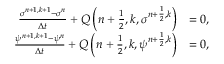
\begin{array} { r l } { \frac { \sigma ^ { n + 1 , k + 1 } - \sigma ^ { n } } { \Delta t } + Q \left( \u ^ { n + \frac { 1 } { 2 } , k } , \sigma ^ { n + \frac { 1 } { 2 } , k } \right) } & { = 0 , } \\ { \frac { \psi ^ { n + 1 , k + 1 } - \psi ^ { n } } { \Delta t } + Q \left( \u ^ { n + \frac { 1 } { 2 } , k } , \psi ^ { n + \frac { 1 } { 2 } , k } \right) } & { = 0 , } \end{array}